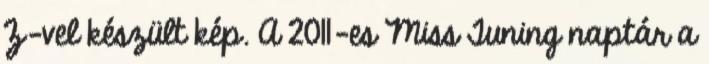
Z-vel készült kép. A 2011-es Miss Tuning naptár a